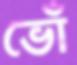
ভোঁ